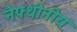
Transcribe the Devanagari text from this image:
नैफ्थीनीय